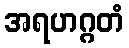
အရဟဂ္ဂတံ